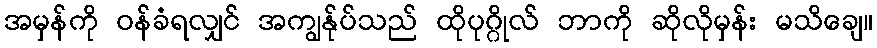
အမှန်ကို ဝန်ခံရလျှင် အကျွန်ုပ်သည် ထိုပုဂ္ဂိုလ် ဘာကို ဆိုလိုမှန်း မသိချေ။